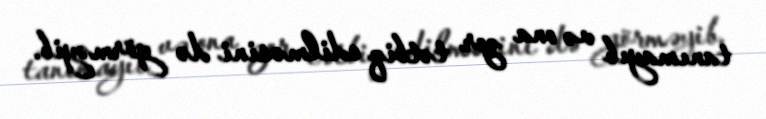
tanımayıb və ona zor tətbiq edilməsini də görməyib.